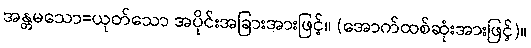
အန္တမသော=ယုတ်သော အပိုင်းအခြားအားဖြင့်။ (အောက်ထစ်ဆုံးအားဖြင့်)။